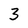
Character: 3